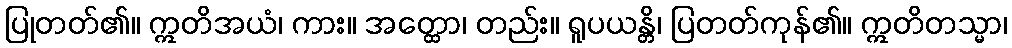
ပြုတတ်၏။ ဣတိအယံ၊ ကား။ အတ္ထော၊ တည်း။ ရူပယန္တိ၊ ပြတတ်ကုန်၏။ ဣတိတသ္မာ၊